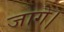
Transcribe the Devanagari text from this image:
जागे।